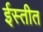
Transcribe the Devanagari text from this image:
ईस्तीत